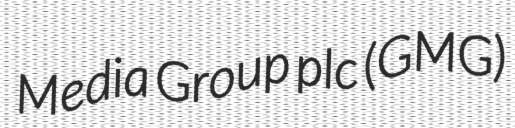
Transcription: Media Group plc (GMG)